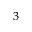
^ 3